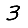
Digit: 3